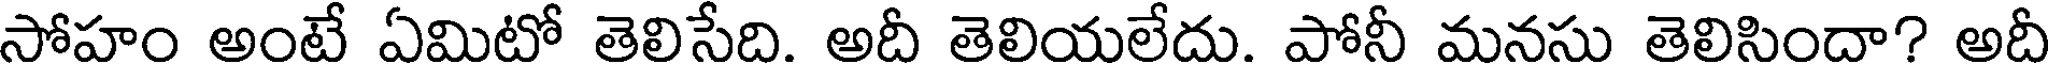
సోహం అంటే ఏమిటో తెలిసేది. అదీ తెలియలేదు. పోనీ మనసు తెలిసిందా? అదీ